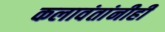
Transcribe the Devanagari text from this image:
कलावंतांनीही